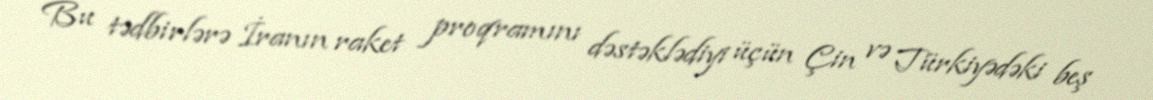
Bu tədbirlərə İranın raket proqramını dəstəklədiyi üçün Çin və Türkiyədəki beş